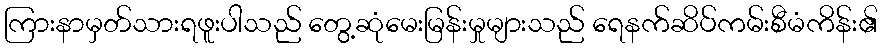
ကြားနာမှတ်သားရဖူးပါသည် တွေ့ဆုံမေးမြန်းမှုများသည် ရေနက်ဆိပ်ကမ်းစီမံကိန်း၏